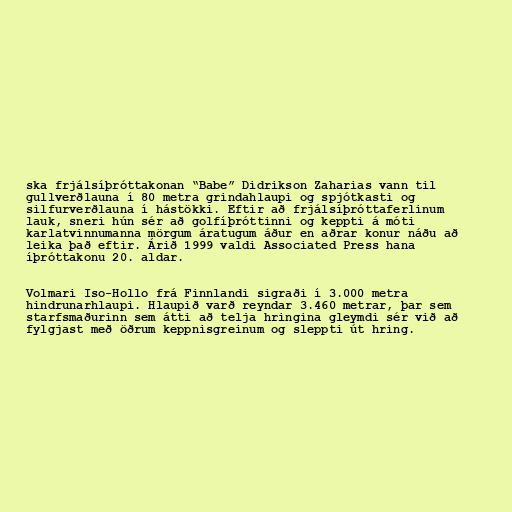
ska frjálsíþróttakonan “Babe” Didrikson Zaharias vann til
gullverðlauna í 80 metra grindahlaupi og spjótkasti og
silfurverðlauna í hástökki. Eftir að frjálsíþróttaferlinum
lauk, sneri hún sér að golfíþróttinni og keppti á móti
karlatvinnumanna mörgum áratugum áður en aðrar konur náðu að
leika það eftir. Árið 1999 valdi Associated Press hana
íþróttakonu 20. aldar.

Volmari Iso-Hollo frá Finnlandi sigraði í 3.000 metra
hindrunarhlaupi. Hlaupið varð reyndar 3.460 metrar, þar sem
starfsmaðurinn sem átti að telja hringina gleymdi sér við að
fylgjast með öðrum keppnisgreinum og sleppti út hring.